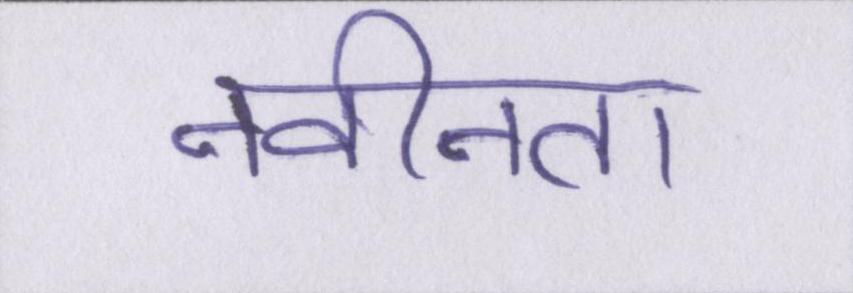
नवीनता